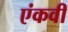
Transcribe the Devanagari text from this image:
एंकवी